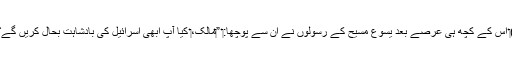
‏)‏ اِس کے کچھ ہی عرصے بعد یسوع مسیح کے رسولوں نے اُن سے پوچھا:‏ ”‏مالک،‏ کیا آپ ابھی اِسرائیل کی بادشاہت بحال کریں گے؟